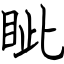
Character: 眦